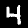
Label: 4